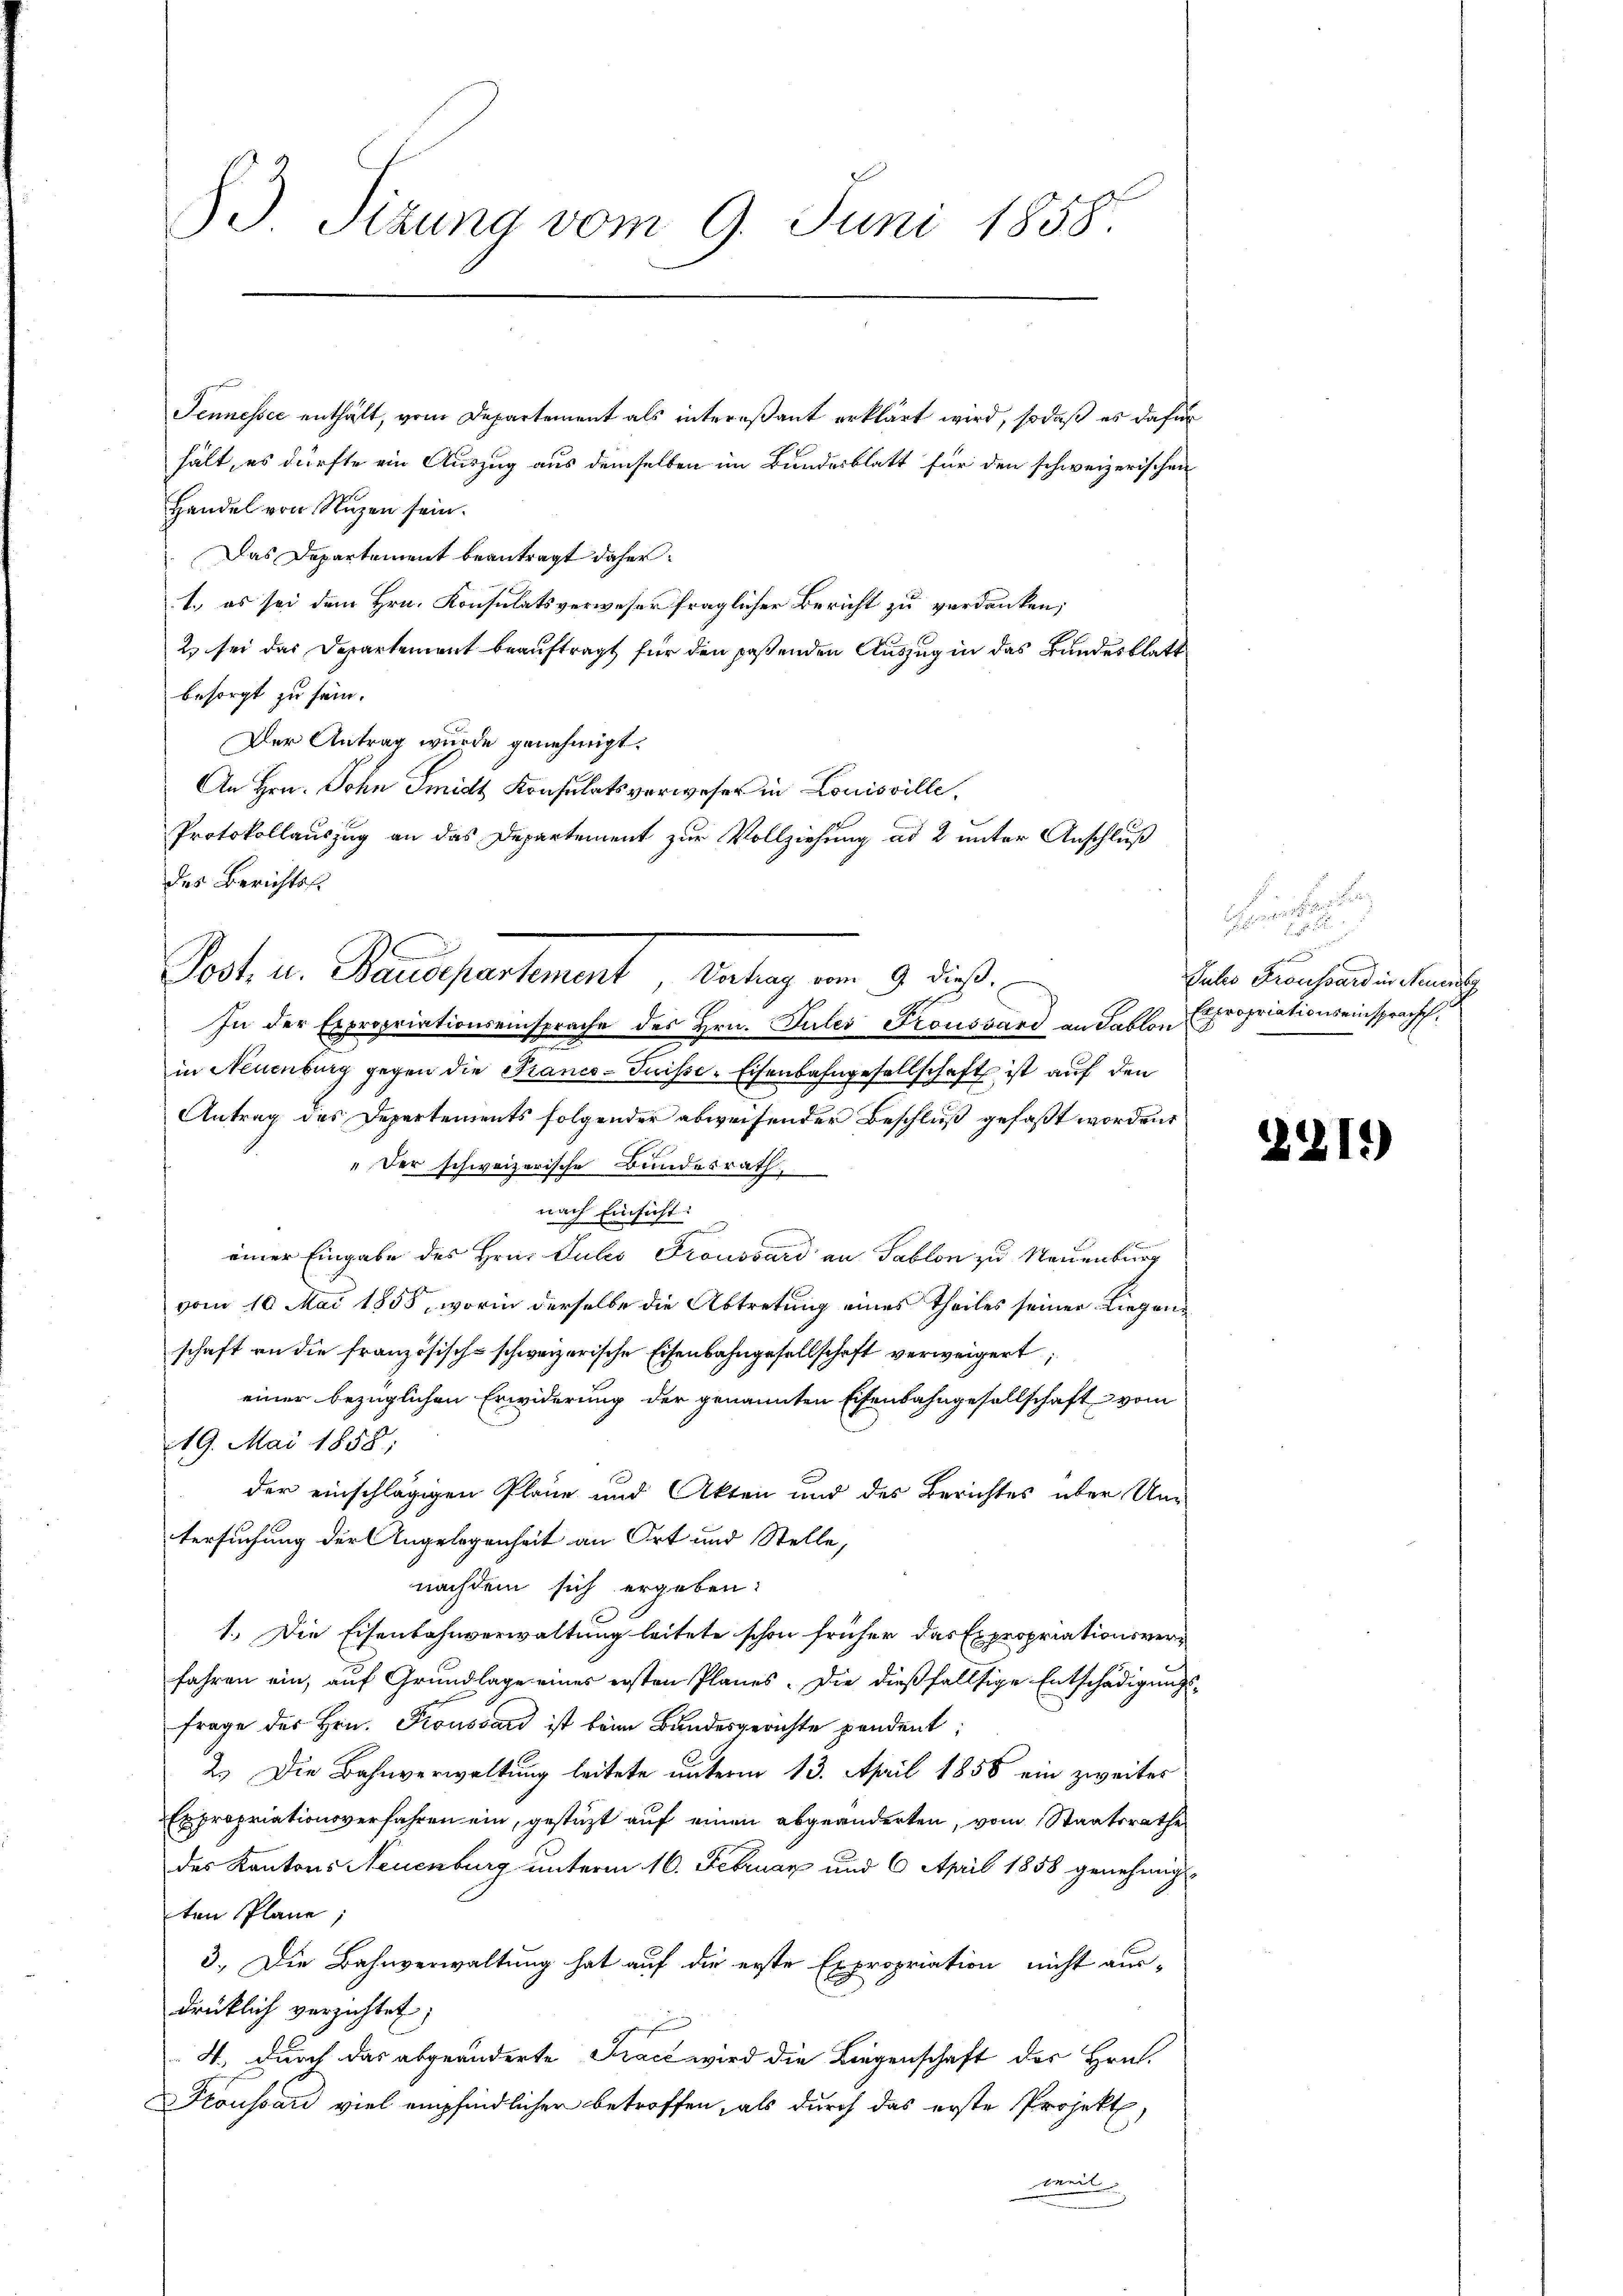
J. Stzung vom 9. Juni 1858.

Jennessée enthält, vom Departement als intereßant erklärt wird, sodaß es dafür
hält, es dürfte ein Auszug aus demselben im Bundesblatt für den schweizerischen
Handel von Nuzen sein.
Das Departement beantragt daher
1.) es sei dem Hrn. Konsulatsverweser fraglicher Bericht zu verdanken;
2) sei das Departement beauftragt für den paßenden Auszug in das Bundesblatt
besorgt zu sein.
Der Antrag wurde genehmigt.
An Hrn. John Smidt Konsulatsverweser in Louisville,
Protokollauszug an das Departement zur Vollziehung ad 2 unter Anschluß
des Berichts¬

Post u. Reisepartement, Betrag vom 9. dieß

In der Expropriationseinsprache des Hrn. Puler Fronovard an Fablon Expropriationseinspracht.
in Neuenburg gegen die Francs-Puisse-Eisenbahngesellschaft ist auf den
Antrag des Departements folgender abweisender Beschluß gefaßt worden,
" Der schweizerische Bundesrath,
nach Einsicht:
einer Eingabe des Hrn. Julis Troussard an Sablon zu Neuenburg
vom 10. Mai 1855, worin derselbe die Abtretung eines Theiles seiner Liegenschaft an die französisch-schweizerische Eisenbahngesellschaft verweigert,
einer bezüglichen Erwiderung der genannten Eisenbahngesellschaft vom
19. Mai 1858;
der einschlägigen Pläne und Akten und des Berichtes über Um
tersuchung der Angelegenheit an Ort und Stelle,
nachdem sich ergeben:
1.) Die Eisenbahnverwaltung leitete schon früher das Expropriationsverfahren ein, auf Grundlage eines ersten Planes. Die dießfallsige Entschädigungsfrage des Hrn. Proussard ist beim Bundesgerichte pendent;
2.) Die Bahnverwaltung leitete unterm 13. April 1858 ein zweites
Expropriationsverfahren ein, gestützt auf einen abgeänderten, vom Staatsrathe
des Kantons Neuenburg unterm 16. Februar und 6 April 1858 genehmig
ten Plane;
3. Die Bahnverwaltung hat auf die erste Expropriation nicht aus-
drüklich verzichtet;
4., durch das abgeänderte Tract wird die Liegenschaft des Hrn.
Kroussard viel empfindlicher betroffen, als durch das erste Projekt,
weil

henen

g
Sules Groussard in Neuersg

2211)